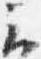
云